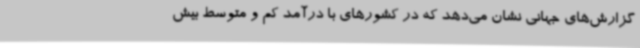
گزارش‌های جهانی نشان می‌دهد که در کشورهای با درآمد کم و متوسط بیش